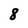
Character: 8